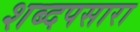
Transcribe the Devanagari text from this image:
शब्दपसारा